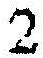
2